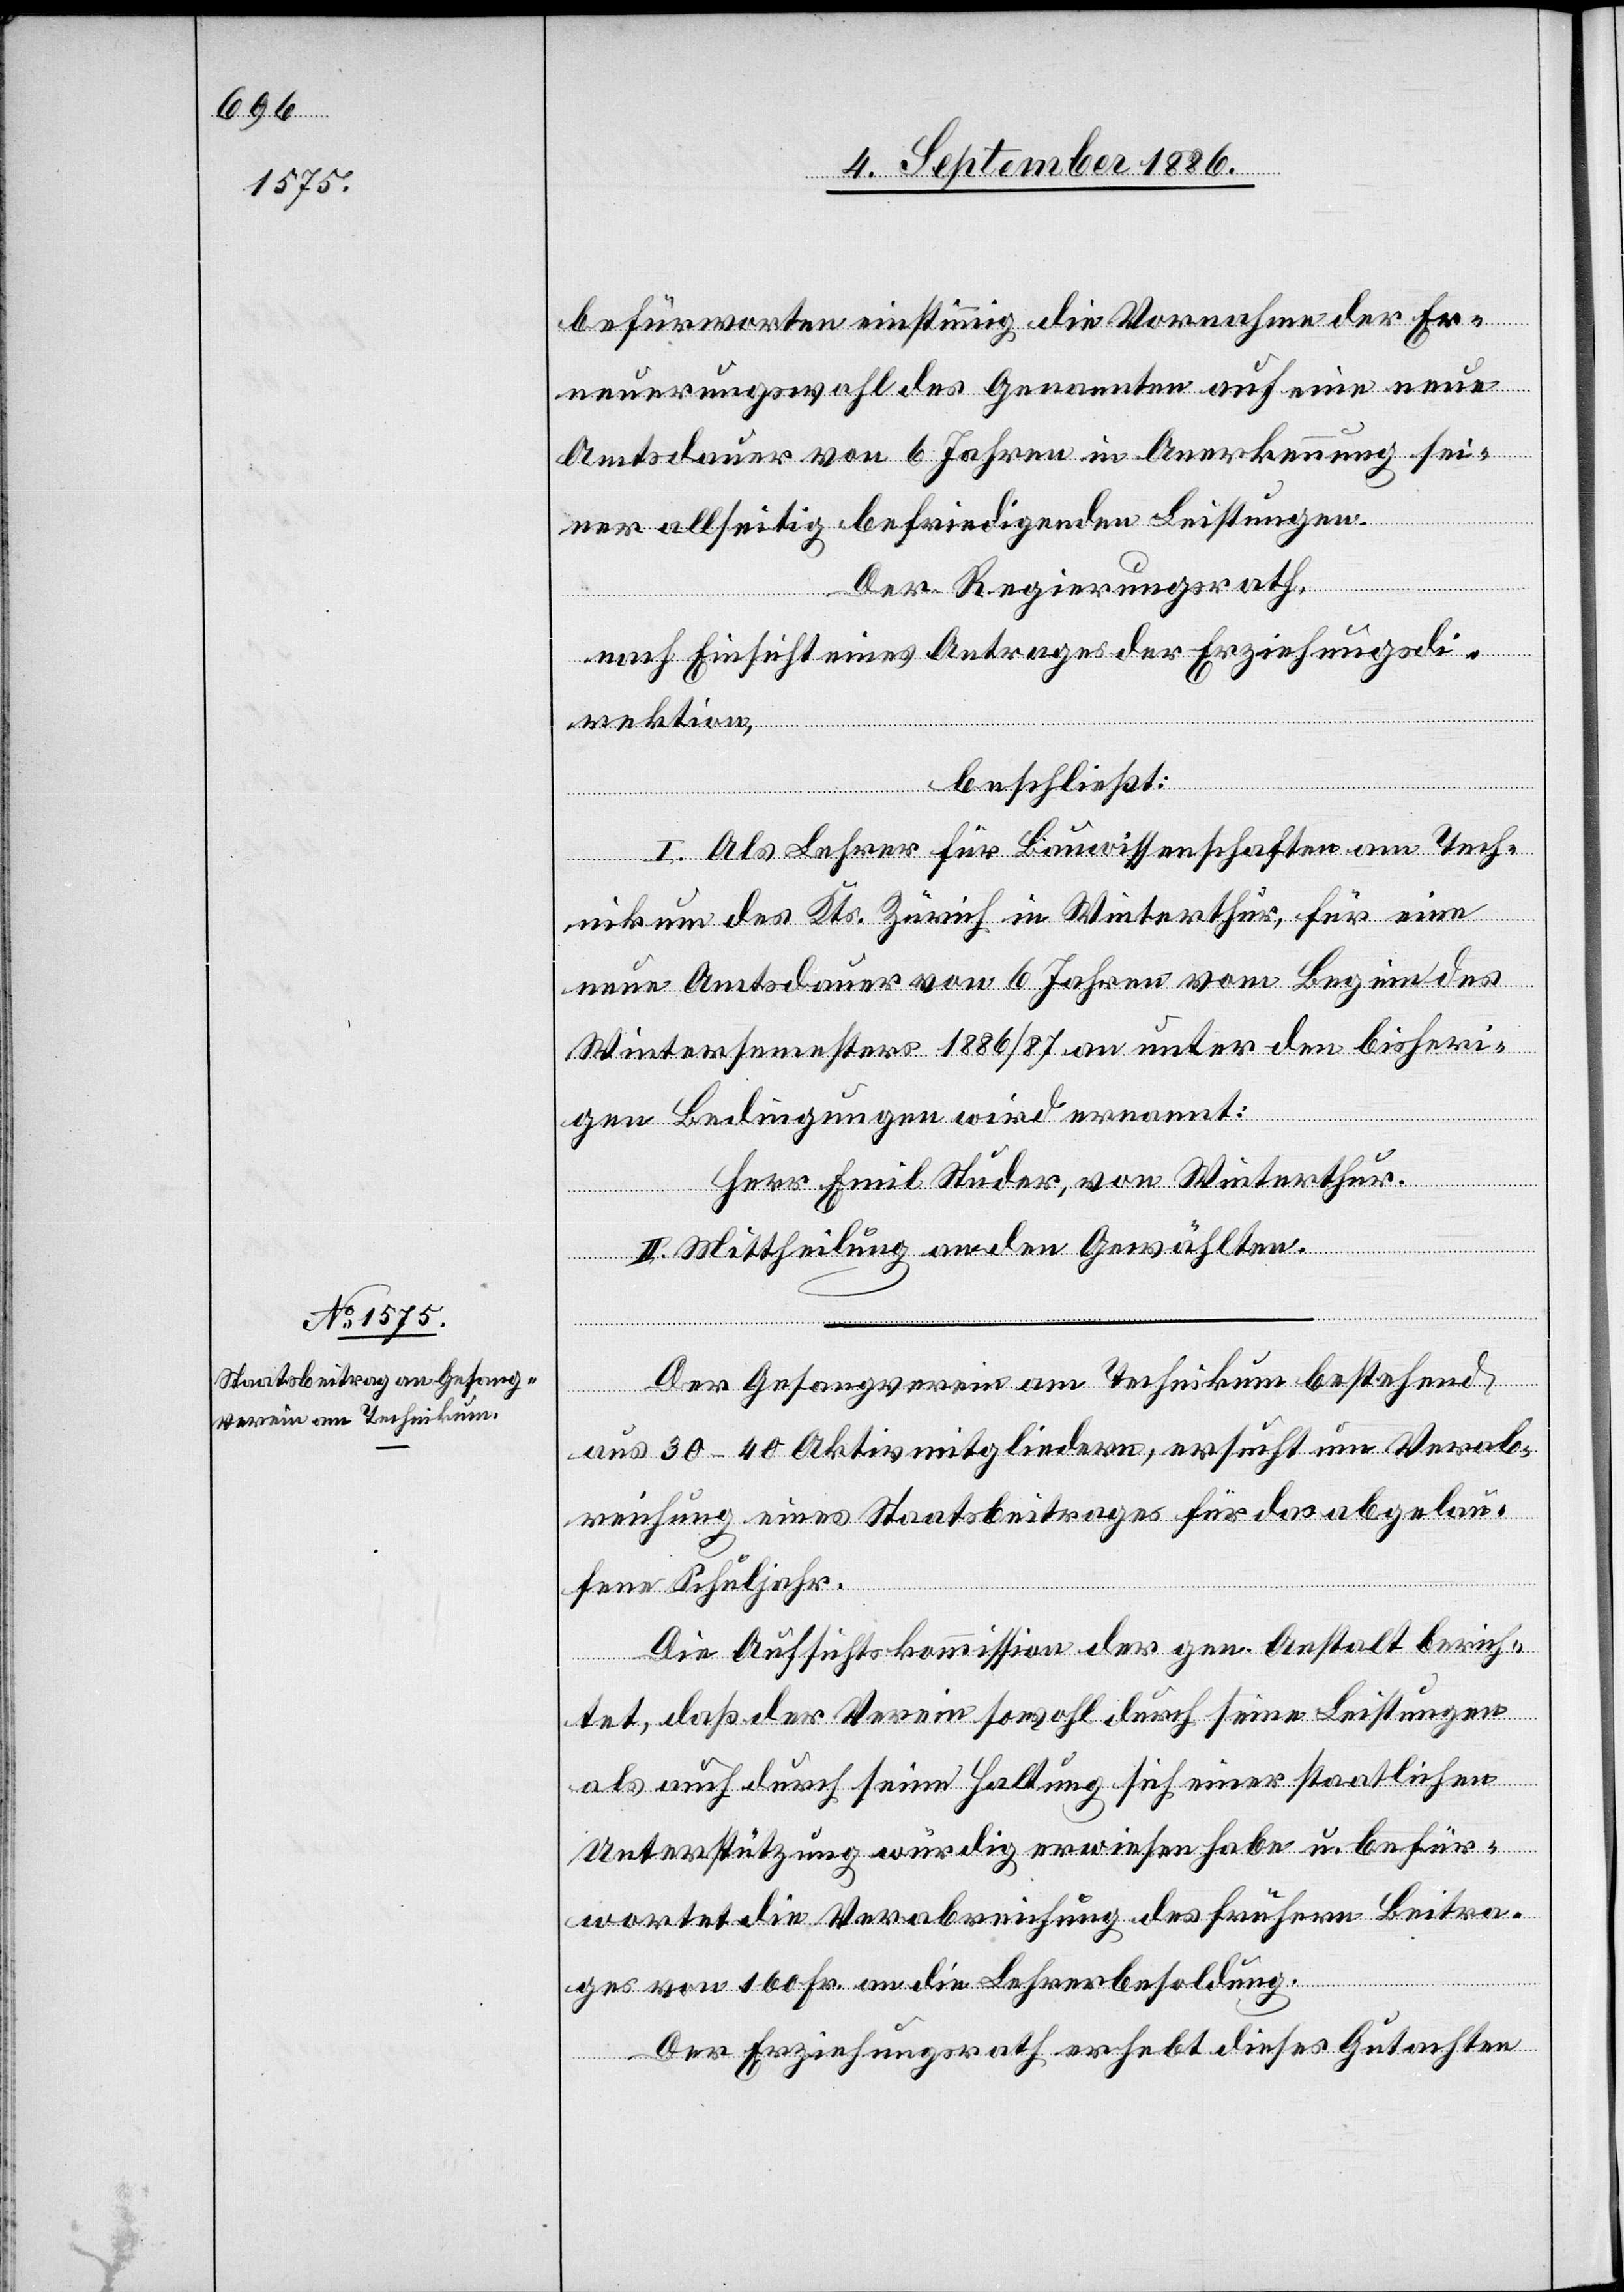
befürworten einstimmig die Vornahme der Er¬
neuerungswahl des Genannten auf eine neue
Amtsdauer von 6 Jahren in Anerkennung sei¬
ner allseitig befriedigenden Leistungen.
Der Regierungsrath,
nach Einsicht eines Antrages der Erziehungsdi¬
rektion,
beschließt:
I. Als Lehrer für Bauwissenschaften am Tech¬
nikum des Kts. Zürich in Winterthur, für eine
neue Amtsdauer von 6 Jahren vom Beginn des
Wintersemesters 1886/87 an unter den bisheri¬
gen Bedingungen wird ernannt:
Herr Emil Studer, von Winterthur.
II. Mittheilung an den Gewählten.
Der Gesangverein am Technikum, bestehend
aus 30–40 Aktivmitgliedern, ersucht um Verab¬
reichung eines Staatsbeitrages für das abgelau¬
fene Schuljahr.
Die Aufsichtskommission der gen. Anstalt berich¬
tet, daß der Verein sowohl durch seine Leistungen
als auch durch seine Haltung sich einer staatlichen
Unterstützung würdig erwiesen habe u. befür¬
wortet die Verabreichung des frühern Beitra¬
ges von 160 Fr. an die Lehrerbesoldung.
Der Erziehungsrath erhebt dieses Gutachten